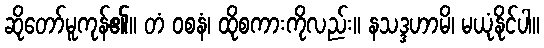
ဆိုတော်မူကုန်၏။ တံ ဝစနံ၊ ထိုစကားကိုလည်း။ နသဒ္ဒဟာမိ၊ မယုံနိုင်ပါ။